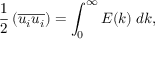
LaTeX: { \frac { 1 } { 2 } } \left( { \overline { { u _ { i } u _ { i } } } } \right) = \int _ { 0 } ^ { \infty } E ( k ) \; d k ,